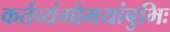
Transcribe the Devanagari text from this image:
कर्तव्यंगोमयांबुभिः